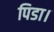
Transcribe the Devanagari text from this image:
पिडा।